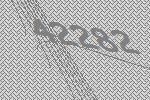
42282